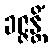
ခဇ္ဇန္တိံ